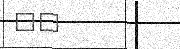
٦٣